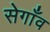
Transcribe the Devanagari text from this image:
सेगाँव